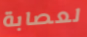
لعصابة